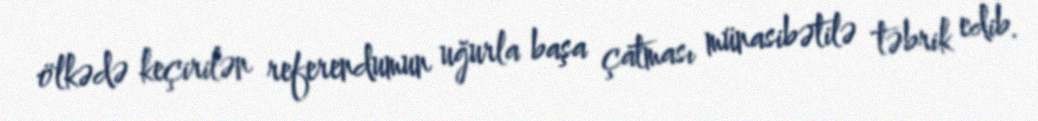
ölkədə keçirilən referendumun uğurla başa çatması münasibətilə təbrik edib.